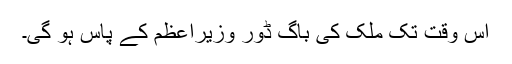
اس وقت تک ملک کی باگ ڈور وزیرِاعظم کے پاس ہو گی۔